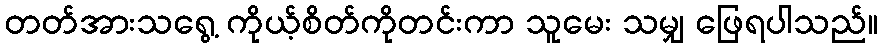
တတ်အားသရွေ့ ကိုယ့်စိတ်ကိုတင်းကာ သူမေး သမျှ ဖြေရပါသည်။